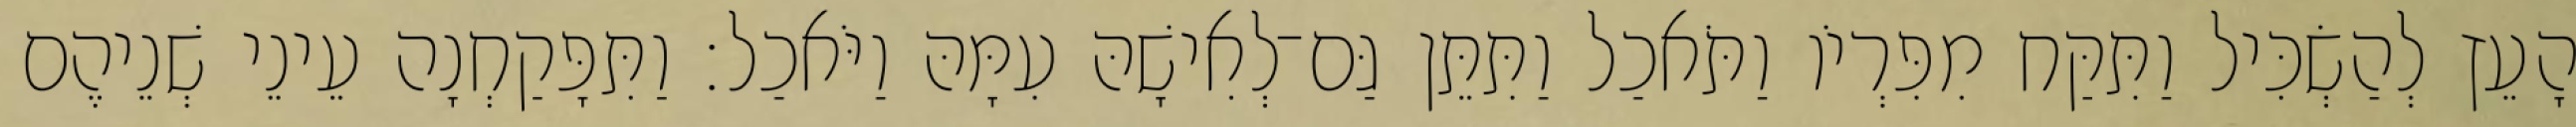
הָעֵץ לְהַשְׂכִּיל וַתִּקַּח מִפִּרְיֹו וַתֹּאכַל וַתִּתֵּן גַּם־לְאִישָׁהּ עִמָּהּ וַיֹּאכַל׃ וַתִּפָּקַחְנָה עֵינֵי שְׁנֵיהֶם